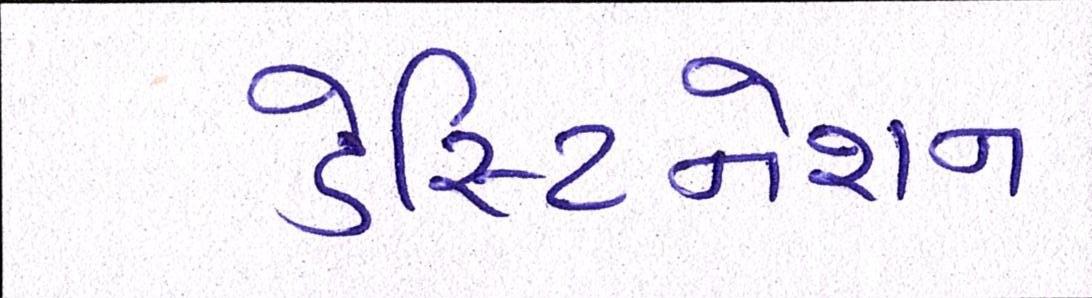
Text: ડેસ્ટિનેશન